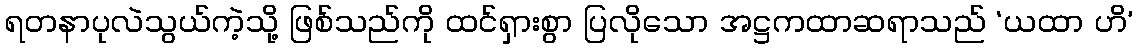
ရတနာပုလဲသွယ်ကဲ့သို့ ဖြစ်သည်ကို ထင်ရှားစွာ ပြလိုသော အဋ္ဌကထာဆရာသည် ‘ယထာ ဟိ’